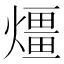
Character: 𤐀